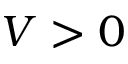
V > 0